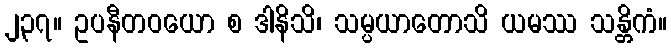
၂၃၇။ ဥပနီတဝယော စ ဒါနိသိ၊ သမ္ပယာတောသိ ယမဿ သန္တိကံ။